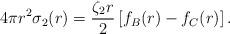
LaTeX: \begin{align*}4 \pi r^2 \sigma_2(r) = \frac{\zeta_2 r}{2} \left[f_B(r) -f_C(r)\right].\end{align*}